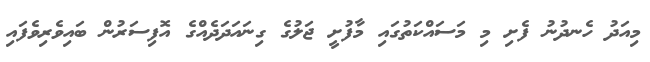
މިއަދު ހެނދުނު ފެށި މި މަސައްކަތުގައި މާފުށީ ޖަލުގެ ގިނައަދަދެއްގެ އޮފިސަރުން ބައިވެރިވެފައި